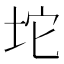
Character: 坨